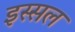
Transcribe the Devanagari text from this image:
इस्सल